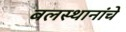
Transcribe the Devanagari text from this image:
बलस्थानांचे